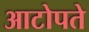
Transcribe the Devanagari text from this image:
आटोपते